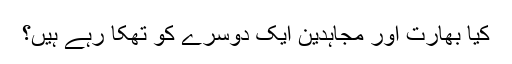
کیا بھارت اور مجاہدین ایک دوسرے کو تھکا رہے ہیں؟